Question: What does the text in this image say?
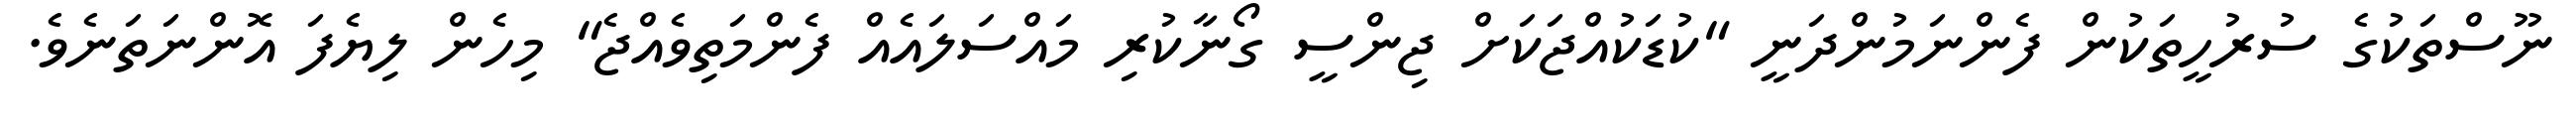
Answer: ނޫސްތަކުގެ ސުރުހީތަކުން ފެންނަމުންދަނީ "ކުޑަކުއްޖަކަށް ޖިންސީ ގޯނާކުރި މައްސަލައެއް ފެންމަތިވެއްޖެ" މިހެން ލިޔެފަ އޮންނަތަނެވެ.